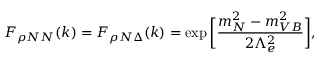
F _ { \rho N N } ( k ) = F _ { \rho N \Delta } ( k ) = \exp \bigg [ \frac { m _ { N } ^ { 2 } - m _ { V B } ^ { 2 } } { 2 \Lambda _ { e } ^ { 2 } } \bigg ] ,